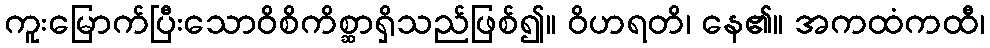
ကူးမြောက်ပြီးသောဝိစိကိစ္ဆာရှိသည်ဖြစ်၍။ ဝိဟရတိ၊ နေ၏။ အကထံကထီ၊